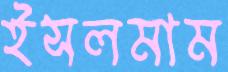
ইসলমাম